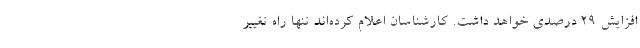
افزایش 29 درصدی خواهد داشت. کارشناسان اعلام کرده‌اند تنها راه تغییر